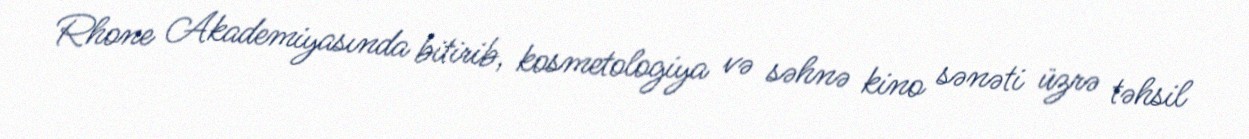
Rhone Akademiyasında bitirib, kosmetologiya və səhnə kino sənəti üzrə təhsil